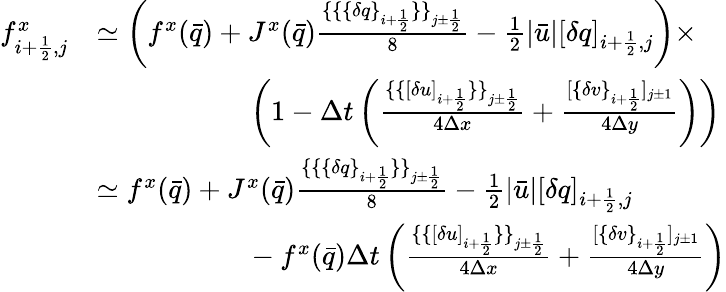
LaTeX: \begin{array}{rl}{f_{i+\frac 12,j}^{x}}&{\simeq\left(f^{x}(\bar{q})+J^{x}(\bar{q})\frac{\{ \{ \{ \delta q\} _{i+\frac 12}\} \} _{j\pm\frac 12}}{8}-\frac 12|\bar{u}|[\delta q]_{i+\frac 12,j}\right)\times}\\ &{\phantom{mmmmmm}\left(1-\Delta t\left(\frac{\{ \{ [\delta u]_{i+\frac 12}\} \} _{j\pm\frac 12}}{4\Delta x}+\frac{[\{ \delta v\} _{i+\frac 12}]_{j\pm 1}}{4\Delta y}\right)\right)}\\ &{\simeq f^{x}(\bar{q})+J^{x}(\bar{q})\frac{\{ \{ \{ \delta q\} _{i+\frac 12}\} \} _{j\pm\frac 12}}{8}-\frac 12|\bar{u}|[\delta q]_{i+\frac 12,j}}\\ &{\phantom{mmmmmm}-f^{x}(\bar{q})\Delta t\left(\frac{\{ \{ [\delta u]_{i+\frac 12}\} \} _{j\pm\frac 12}}{4\Delta x}+\frac{[\{ \delta v\} _{i+\frac 12}]_{j\pm 1}}{4\Delta y}\right)}\end{array}